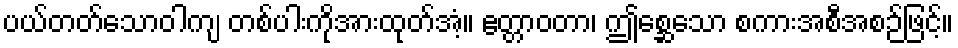
ပယ်တတ်သောဝါကျ တစ်ပါးကိုအားထုတ်အံ့။ ဧတ္တာဝတာ၊ ဤစ္ဆေသော စကားအစီအစဉ်ဖြင့်။